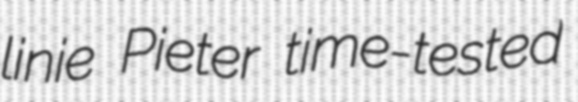
linie Pieter time-tested